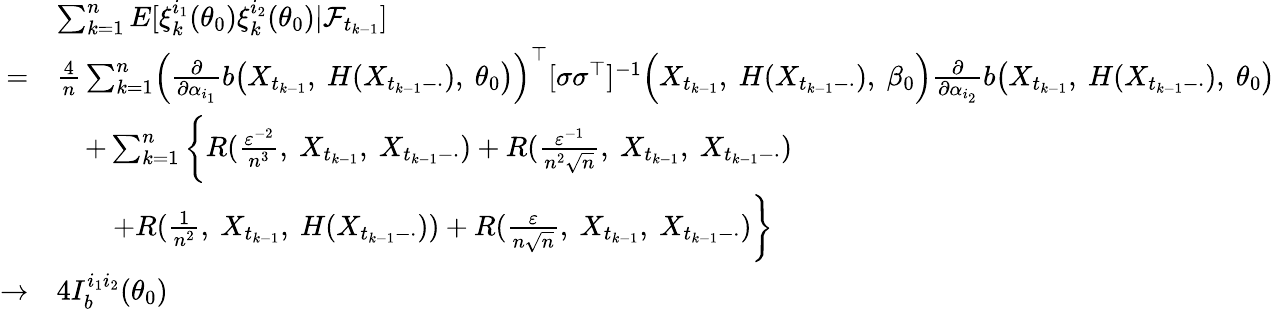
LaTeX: \begin{array}{rl}&{\sum_{k=1}^{n}E[\xi_{k}^{i_{1}}(\theta_{0})\xi_{k}^{i_{2}}(\theta_{0})|\mathcal{F}_{t_{k-1}}]}\\ {=}&{\frac{4}{n}\sum_{k=1}^{n}\Bigl(\frac{\partial}{\partial\alpha_{i_{1}}}b\bigl(X_{t_{k-1}},~H(X_{t_{k-1}-\cdot}),~\theta_{0}\bigr)\Bigr)^{\top}[\sigma\sigma^{\top}]^{-1}\Bigl(X_{t_{k-1}},~H(X_{t_{k-1}-\cdot}),~\beta_{0}\Bigr)\frac{\partial}{\partial\alpha_{i_{2}}}b\bigl(X_{t_{k-1}},~H(X_{t_{k-1}-\cdot}),~\theta_{0}\bigr)}\\ &{\quad+\sum_{k=1}^{n}\bigg\{ R(\frac{\varepsilon^{-2}}{n^{3}},~X_{t_{k-1}},~X_{t_{k-1}-\cdot})+R(\frac{\varepsilon^{-1}}{n^{2}\sqrt{n}},~X_{t_{k-1}},~X_{t_{k-1}-\cdot})}\\ &{\qquad+R(\frac{1}{n^{2}},~X_{t_{k-1}},~H(X_{t_{k-1}-\cdot}))+R(\frac{\varepsilon}{n\sqrt{n}},~X_{t_{k-1}},~X_{t_{k-1}-\cdot})\bigg\} }\\ {\rightarrow}&{4I_{b}^{i_{1}i_{2}}(\theta_{0})}\end{array}